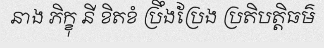
នាង ភិក្ខុ នី ខិតខំ ប្រឹងប្រែង ប្រតិបត្តិធម៌